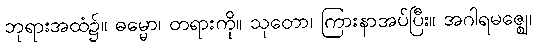
ဘုရားအထံ၌။ ဓမ္မော၊ တရားကို။ သုတော၊ ကြားနာအပ်ပြီး။ အဂါရမဇ္ဈေ၊